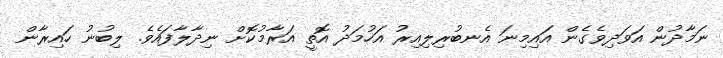
ނަމާދުން އަވަދިވެގެން އައިމިނަ އެނބުރިލިއިރު އަހުމަދު އޮތީ އަރާމުކޮށް ނިދާލާފައެވެ. ލިބުނު ހައިރާން